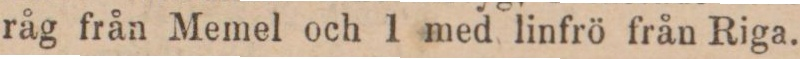
råg från Memel och 1 med linfrö från Riga.